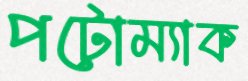
পটোম্যাক